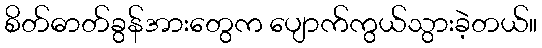
စိတ်ဓာတ်ခွန်အားတွေက ပျောက်ကွယ်သွားခဲ့တယ်။